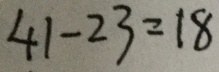
4 1 - 2 3 = 1 8